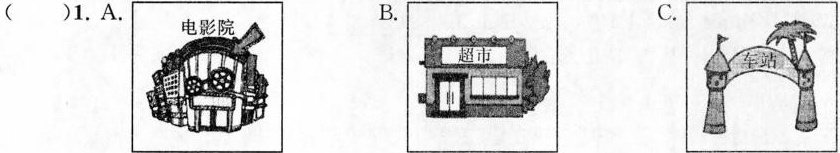
( )1.A. B. C.